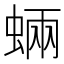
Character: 蜽